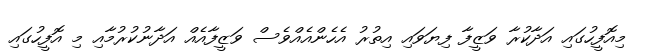
މިއޮފީހުގައި އަދާކުރާ ވަޒީފާ ފިޔަވައި އިތުރު އެހެންއެއްވެސް ވަޒީފާއެއް އަދާނުކުރުމާއި މި އޮފީހުގައި